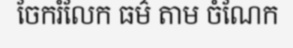
ចែករំលែក ធម៌ តាម ចំណែក